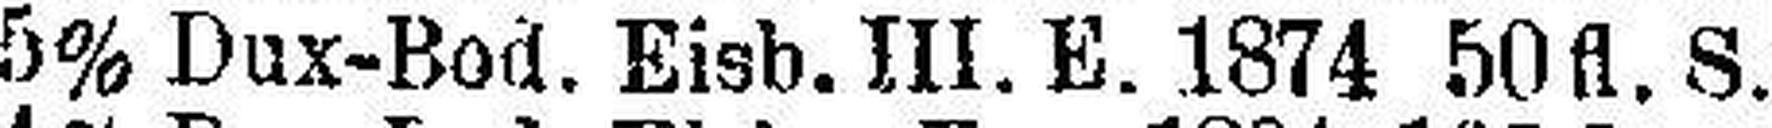
5% Dux-Bod. Eisb. III. E. 1874 50 fl. S.